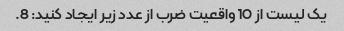
یک لیست از 10 واقعیت ضرب از عدد زیر ایجاد کنید: 8.